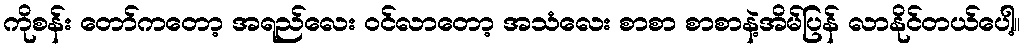
ကိုစန်း တော်ကတော့ အရည်လေး ဝင်လာတော့ အသံလေး စာစာ စာစာနဲ့အိမ်ပြန် လာနိုင်တယ်ပေါ့။